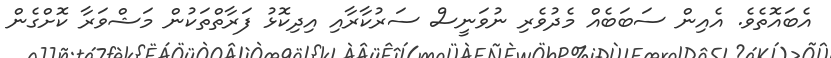
އެބައޮތެވެ. އެއިން ސަބަބެއް މެދުވެރި ނުވަނީސް ސަރުކާރާއި އިދިކޮޅު ފަރާތްތަކުން މަޝްވަރާ ކޮށްގެން